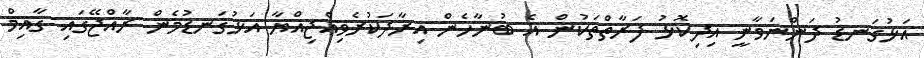
އަޅުގަނޑު ދަންނަވާނީ އިދިކޮޅު ފަރާތްތަކުން އެ ބުނާހެން އިރާދަކުރެވިއްޖިއްޔާ އަޅުގަނޑުމެން ރާއްޖޭގައި ގާއިމް